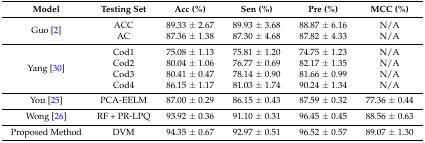
<table><thead><tr><td><b>Model</b></td><td><b>Testing Set</b></td><td><b>Acc (%)</b></td><td><b>Sen (%)</b></td><td><b>Pre (%)</b></td><td><b>MCC (%)</b></td></tr></thead><tbody><tr><td rowspan="2">Guo [2]</td><td>ACC</td><td>89.33 ± 2.67</td><td>89.93 ± 3.68</td><td>88.87 ± 6.16</td><td>N/A</td></tr><tr><td>AC</td><td>87.36 ± 1.38</td><td>87.30 ± 4.68</td><td>87.82 ± 4.33</td><td>N/A</td></tr><tr><td rowspan="4">Yang [30]</td><td>Cod1</td><td>75.08 ± 1.13</td><td>75.81 ± 1.20</td><td>74.75 ± 1.23</td><td>N/A</td></tr><tr><td>Cod2</td><td>80.04 ± 1.06</td><td>76.77 ± 0.69</td><td>82.17 ± 1.35</td><td>N/A</td></tr><tr><td>Cod3</td><td>80.41 ± 0.47</td><td>78.14 ± 0.90</td><td>81.66 ± 0.99</td><td>N/A</td></tr><tr><td>Cod4</td><td>86.15 ± 1.17</td><td>81.03 ± 1.74</td><td>90.24 ± 1.34</td><td>N/A</td></tr><tr><td>You [25]</td><td>PCA-EELM</td><td>87.00 ± 0.29</td><td>86.15 ± 0.43</td><td>87.59 ± 0.32</td><td>77.36 ± 0.44</td></tr><tr><td>Wong [26]</td><td>RF + PR-LPQ</td><td>93.92 ± 0.36</td><td>91.10 ± 0.31</td><td>96.45 ± 0.45</td><td>88.56 ± 0.63</td></tr><tr><td>Proposed Method</td><td>DVM</td><td>94.35 ± 0.67</td><td>92.97 ± 0.51</td><td>96.52 ± 0.57</td><td>89.07 ± 1.30</td></tr></tbody></table>